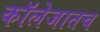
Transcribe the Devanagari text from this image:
कॉलेजातच